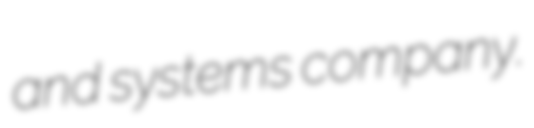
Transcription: and systems company.